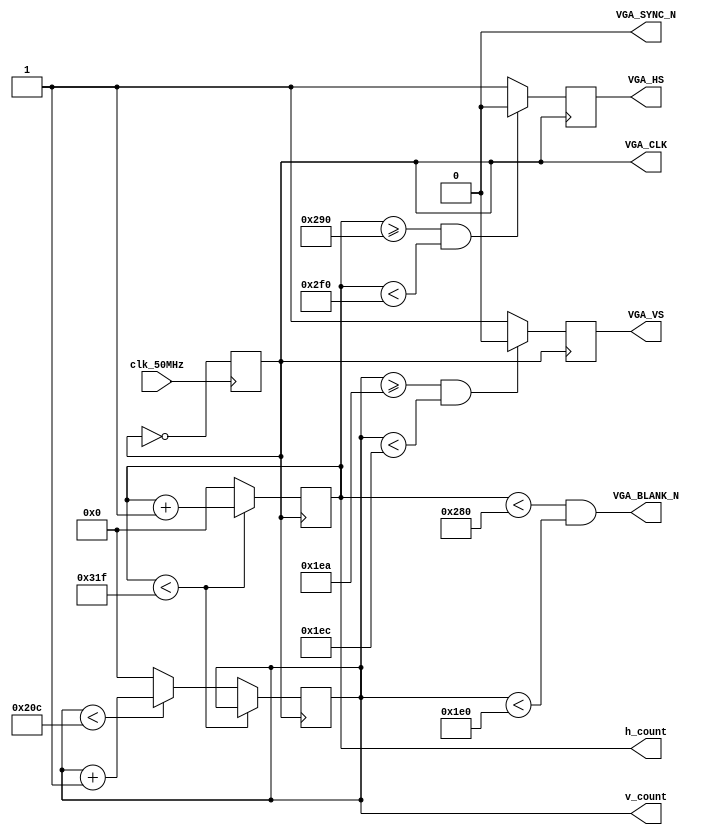
module vga_sync(
	input clk_50MHz,
	output  reg VGA_CLK, 
	output  VGA_HS,
	output  VGA_VS,
	output  VGA_BLANK_N,
	output  VGA_SYNC_N,
	output reg [9:0] h_count,
	output reg [9:0] v_count
);

   always @(posedge clk_50MHz) VGA_CLK <= ~VGA_CLK;
	 
	 parameter H_ACTIVE  = 640;
    parameter H_FP      = 16;
    parameter H_SYNC    = 96;
    parameter H_BP      = 48;
    parameter H_TOTAL   = H_ACTIVE + H_FP + H_SYNC + H_BP;

    parameter V_ACTIVE  = 480;
    parameter V_FP      = 10;
    parameter V_SYNC    = 2;
    parameter V_BP      = 33;
    parameter V_TOTAL   = V_ACTIVE + V_FP + V_SYNC + V_BP;

    reg vga_hs_reg, vga_vs_reg;

    always @(posedge VGA_CLK) begin
        if (h_count < H_TOTAL - 1)
            h_count <= h_count + 1;
        else begin
            h_count <= 0;
            if (v_count < V_TOTAL - 1)
                v_count <= v_count + 1;
            else
                v_count <= 0;
        end
    end

    always @(posedge VGA_CLK) begin
        if (h_count >= H_ACTIVE + H_FP && h_count < H_ACTIVE + H_FP + H_SYNC)
            vga_hs_reg <= 0;
        else
            vga_hs_reg <= 1;
    end

    always @(posedge VGA_CLK) begin
        if (v_count >= V_ACTIVE + V_FP && v_count < V_ACTIVE + V_FP + V_SYNC)
            vga_vs_reg <= 0;
        else
            vga_vs_reg <= 1;
    end

    assign VGA_HS = vga_hs_reg;
    assign VGA_VS = vga_vs_reg;

	 assign VGA_BLANK_N = (h_count < H_ACTIVE && v_count < V_ACTIVE);
    assign VGA_SYNC_N = 1'b0;
	 
endmodule